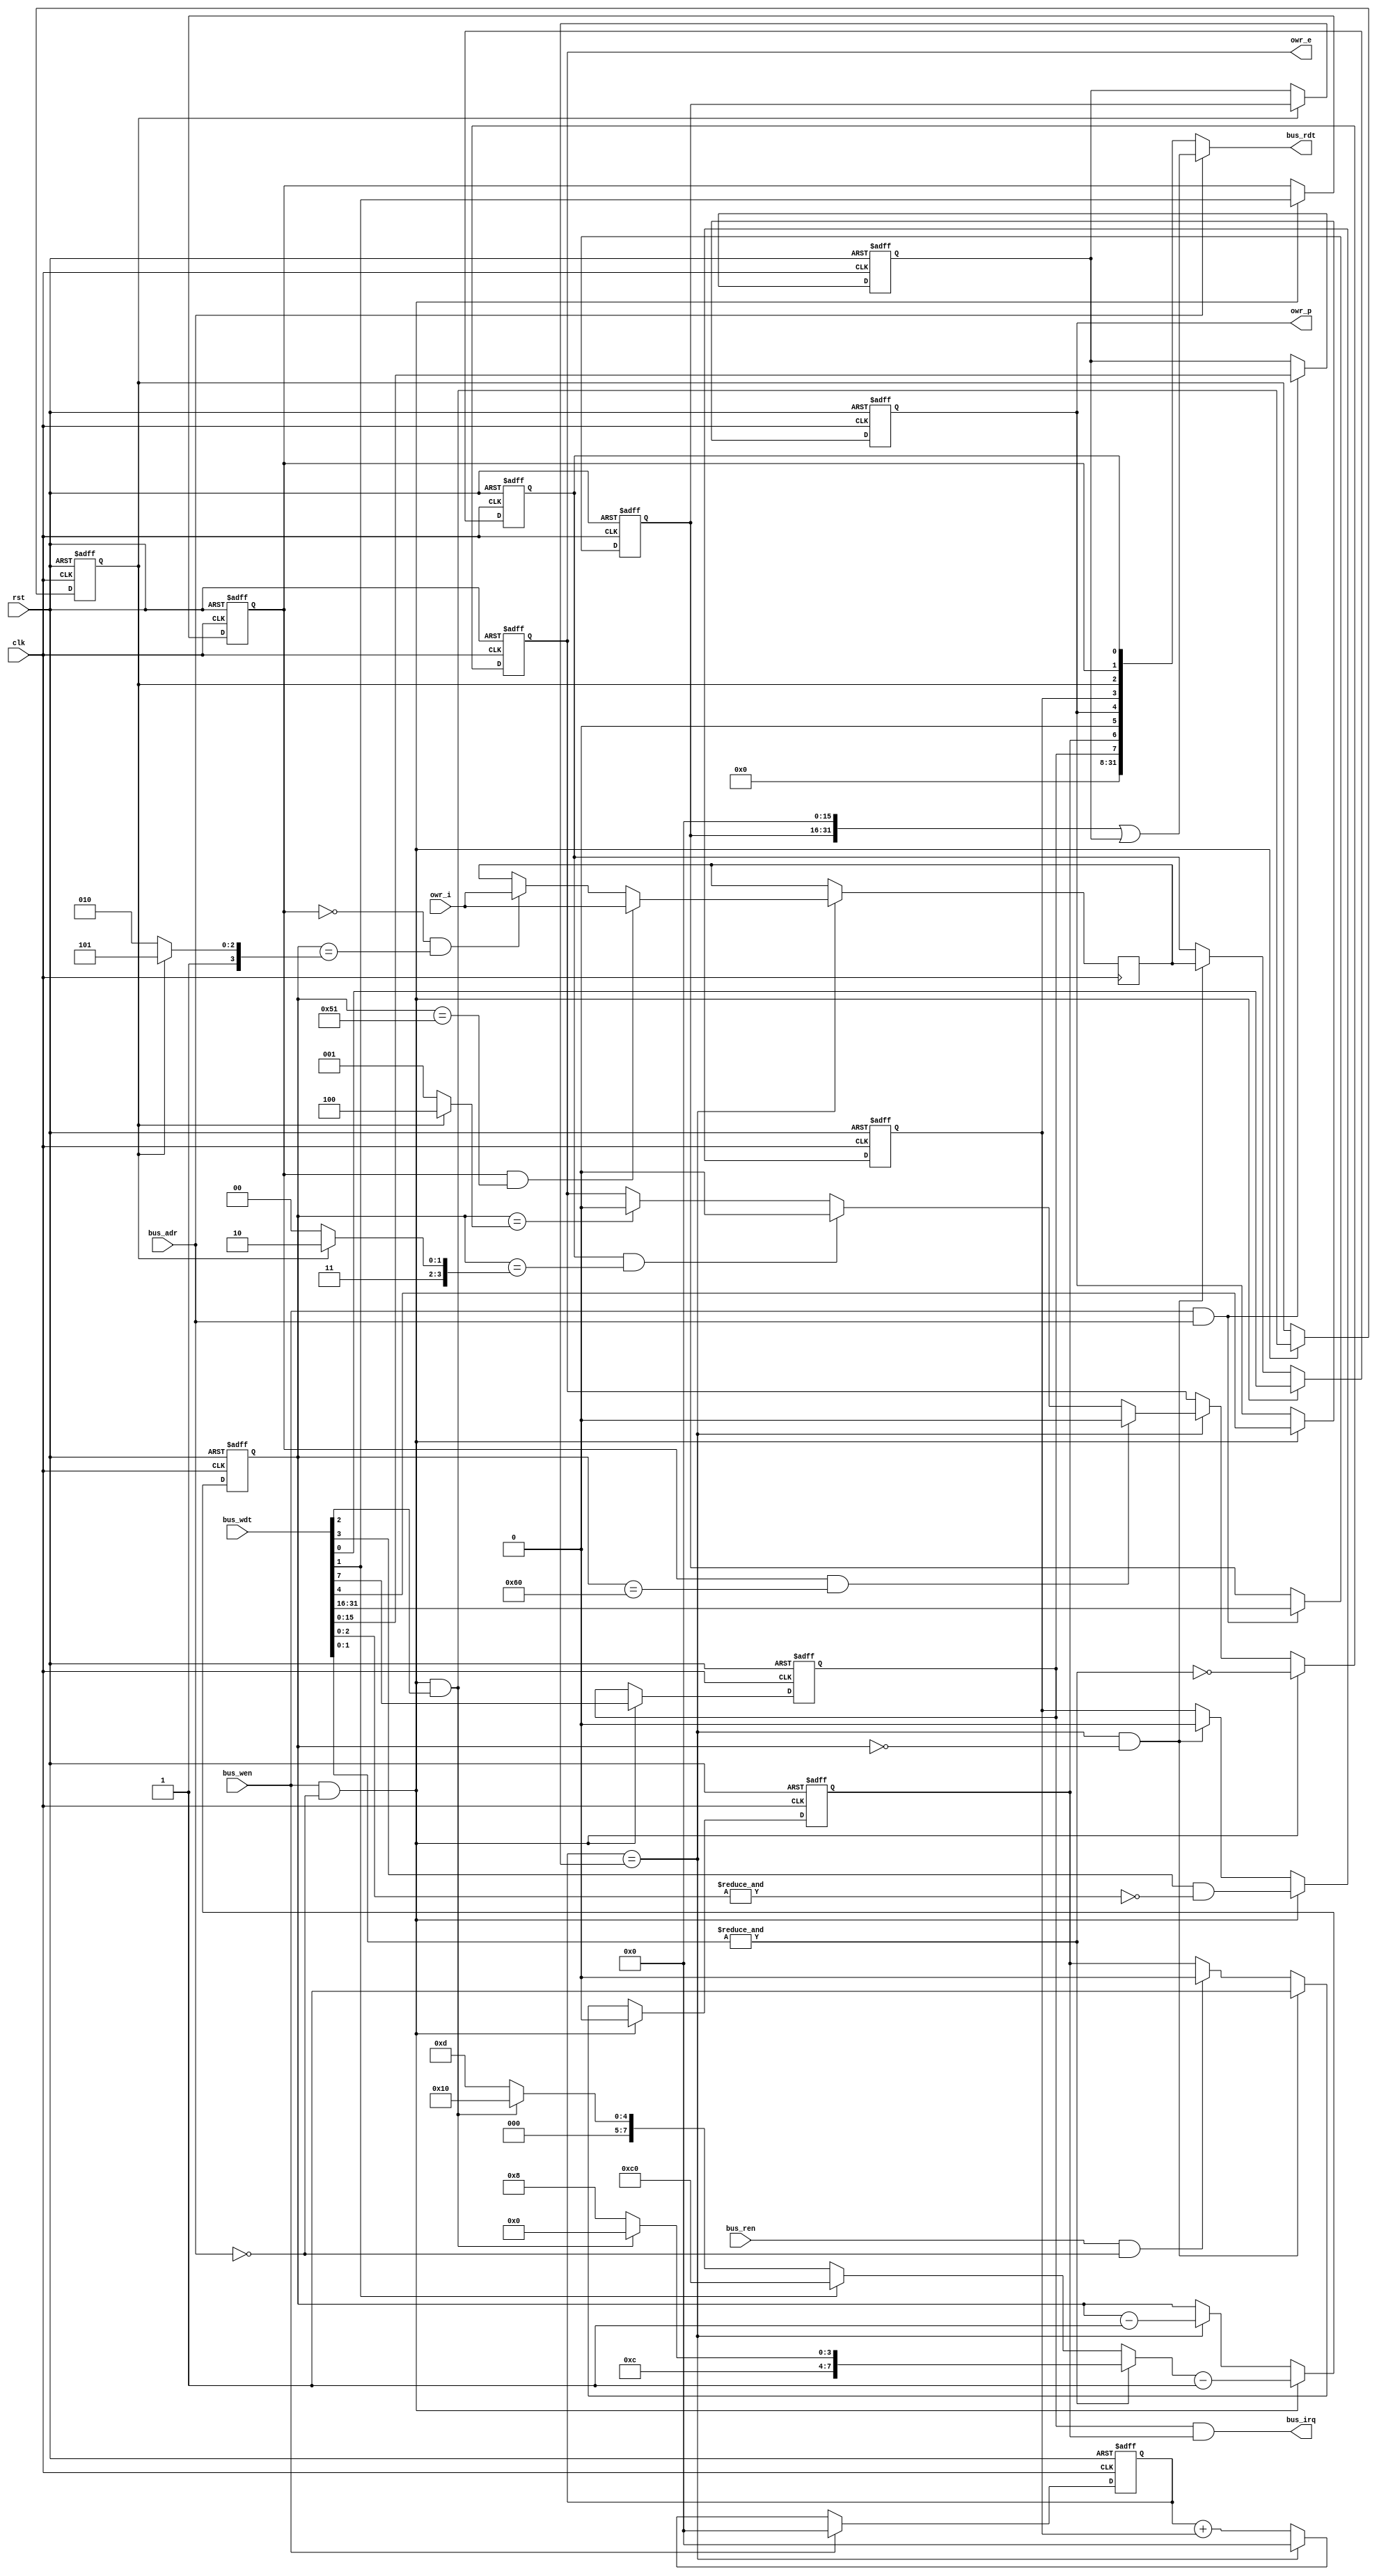
//////////////////////////////////////////////////////////////////////////////
//                                                                          //
//  Minimalistic 1-wire (onewire) master with Avalon MM bus interface       //
//                                                                          //
//  Copyright (C) 2010  Iztok Jeras                                         //
//                                                                          //
//////////////////////////////////////////////////////////////////////////////
//                                                                          //
//  This RTL is free hardware: you can redistribute it and/or modify        //
//  it under the terms of the GNU Lesser General Public License             //
//  as published by the Free Software Foundation, either                    //
//  version 3 of the License, or (at your option) any later version.        //
//                                                                          //
//  This RTL is distributed in the hope that it will be useful,             //
//  but WITHOUT ANY WARRANTY; without even the implied warranty of          //
//  MERCHANTABILITY or FITNESS FOR A PARTICULAR PURPOSE.  See the           //
//  GNU General Public License for more details.                            //
//                                                                          //
//  You should have received a copy of the GNU General Public License       //
//  along with this program.  If not, see <http://www.gnu.org/licenses/>.   //
//                                                                          //
//////////////////////////////////////////////////////////////////////////////

//////////////////////////////////////////////////////////////////////////////
//  Modifications:
//      2016-08-24: by Jan Pospisil (j.pospisil@cern.ch)
//          * added default values; typos
//////////////////////////////////////////////////////////////////////////////

//////////////////////////////////////////////////////////////////////////////
//                                                                          //
// The clock divider parameter is computed with the next formula:           //
//                                                                          //
// CDR_N = f_CLK * BTP_N - 1  (example: CDR_N = 1MHz * 5.0us - 1 = 5-1)     //
// CDR_O = f_CLK * BTP_O - 1  (example: CDR_O = 1MHz * 1.0us - 1 = 1-1)     //
//                                                                          //
// If the dividing factor is not a round integer, than the timing of the    //
// controller will be slightly off, and would support only a subset of      //
// 1-wire devices with timing closer to the typical 30us slot.              //
//                                                                          //
// Base time periods BTP_N = "5.0" and BTP_O = "1.0" are optimized for      //
// onewire timing. The default timing restricts the range of available      //
// frequences to multiples of 1MHz.                                         //
//                                                                          //
// If even this restrictions are too strict use timing BTP_N = "6.0" and    //
// BTP_O = "0.5", where the actual periods can be in the range:             //
// 6.0us <= BTP_N <= 7.5us                                                  //
// 0.5us <= BTP_O <= 0.66us                                                 //
//                                                                          //
// A third timing option is available for normal mode BTP_N = "7.5", this   //
// option is optimized for logic size.                                      //
//                                                                          //
//////////////////////////////////////////////////////////////////////////////

module sockit_owm #(
  // enable implementation of optional functionality
  parameter OVD_E =    1,  // overdrive functionality is implemented by default
  parameter CDR_E =    1,  // clock divider register is implemented by default
  // interface parameters
  parameter BDW   =   32,  // bus data width
  parameter OWN   =    1,  // number of 1-wire ports
  // computed bus address port width
`ifdef __ICARUS__
  parameter BAW   = (BDW==32) ? 1 : 2,
`else
  parameter BAW   = 1,  // TODO, the above is correct, but does not work well with Altera SOPC Builder
`endif
  // base time period
  parameter BTP_N = "5.0", // normal    mode (5.0us, options are "7.5", "5.0" and "6.0")
  parameter BTP_O = "0.5", // overdrive mode (1.0us, options are "1.0",       and "0.5")
  // normal mode timing
  parameter T_RSTH_N = (BTP_N == "7.5") ?  64 : (BTP_N == "5.0") ?  96 :  80,  // reset high
  parameter T_RSTL_N = (BTP_N == "7.5") ?  64 : (BTP_N == "5.0") ?  96 :  80,  // reset low
  parameter T_RSTP_N = (BTP_N == "7.5") ?  10 : (BTP_N == "5.0") ?  15 :  10,  // reset presence pulse
  parameter T_DAT0_N = (BTP_N == "7.5") ?   8 : (BTP_N == "5.0") ?  12 :  10,  // bit 0 low
  parameter T_DAT1_N = (BTP_N == "7.5") ?   1 : (BTP_N == "5.0") ?   1 :   1,  // bit 1 low
  parameter T_BITS_N = (BTP_N == "7.5") ?   2 : (BTP_N == "5.0") ?   3 :   2,  // bit sample
  parameter T_RCVR_N = (BTP_N == "7.5") ?   1 : (BTP_N == "5.0") ?   1 :   1,  // recovery
  parameter T_IDLE_N = (BTP_N == "7.5") ? 128 : (BTP_N == "5.0") ? 200 : 160,  // idle timer
  // overdrive mode timing
  parameter T_RSTH_O = (BTP_O == "1.0") ?  48 :  96,  // reset high
  parameter T_RSTL_O = (BTP_O == "1.0") ?  48 :  96,  // reset low
  parameter T_RSTP_O = (BTP_O == "1.0") ?  10 :  15,  // reset presence pulse
  parameter T_DAT0_O = (BTP_O == "1.0") ?   6 :  12,  // bit 0 low
  parameter T_DAT1_O = (BTP_O == "1.0") ?   1 :   2,  // bit 1 low
  parameter T_BITS_O = (BTP_O == "1.0") ?   2 :   3,  // bit sample
  parameter T_RCVR_O = (BTP_O == "1.0") ?   2 :   4,  // recovery
  parameter T_IDLE_O = (BTP_O == "1.0") ?  96 : 192,  // idle timer
  // clock divider ratios (defaults are for a 1MHz clock)
  parameter CDR_N = 5-1,  // normal    mode
  parameter CDR_O = 1-1   // overdrive mode
)(
  // system signals
  input            clk,
  input            rst,
  // CPU bus interface
  input            bus_ren,  // read  enable
  input            bus_wen,  // write enable
  input  [BAW-1:0] bus_adr,  // address
  input  [BDW-1:0] bus_wdt,  // write data
  output [BDW-1:0] bus_rdt,  // read  data
  output           bus_irq,  // interrupt request
  // 1-wire interface
  output [OWN-1:0] owr_p,    // output power enable
  output [OWN-1:0] owr_e,    // output pull down enable
  input  [OWN-1:0] owr_i     // input from bidirectional wire
);

//////////////////////////////////////////////////////////////////////////////
// local parameters
//////////////////////////////////////////////////////////////////////////////

function integer clogb2;               
input [31:0] value;
begin
   for (clogb2 = 0; value > 0; clogb2 = clogb2 + 1)
     value = value >> 1;
end
endfunction

// size of combined power and select registers
localparam PDW = (BDW==32) ? 24 : 8;

// size of boudrate generator counter (divider for normal mode is largest)
localparam CDW = CDR_E ? ((BDW==32) ? 16 : 8) : clogb2(CDR_N);

// size of port select signal
localparam SDW = clogb2(OWN);

// size of cycle timing counter
localparam TDW =       (T_RSTH_O+T_RSTL_O) >       (T_RSTH_N+T_RSTL_N)
               ? clogb2(T_RSTH_O+T_RSTL_O) : clogb2(T_RSTH_N+T_RSTL_N);

//////////////////////////////////////////////////////////////////////////////
// local signals
//////////////////////////////////////////////////////////////////////////////

// address dependent write enable
wire bus_ren_ctl_sts;
wire bus_wen_ctl_sts;
wire bus_wen_pwr_sel;
wire bus_wen_cdr_n;
wire bus_wen_cdr_o;

// read data bus segments
wire     [7:0] bus_rdt_ctl_sts;
wire [PDW-1:0] bus_rdt_pwr_sel;

// clock divider
reg  [CDW-1:0] div;
reg  [CDW-1:0] cdr_n = CDR_N[CDW-1:0];
reg  [CDW-1:0] cdr_o = CDR_O[CDW-1:0];
wire           pls;

// cycle control and status
reg            owr_cyc;  // cycle status
reg  [TDW-1:0] cnt;      // cycle counter

// port select
//generate if (OWN>1) begin : sel_declaration
reg  [SDW-1:0] owr_sel;
//end endgenerate

// modified input data for overdrive
wire           req_ovd;

// onewire signals
reg  [OWN-1:0] owr_pwr;  // power
reg            owr_ovd;  // overdrive
reg            owr_rst;  // reset
reg            owr_dat;  // data bit
reg            owr_smp;  // sample bit

reg            owr_oen;  // output enable
wire           owr_iln;  // input line

// interrupt signals
reg            irq_ena;  // interrupt enable
reg            irq_sts;  // interrupt status

// timing signals
wire [TDW-1:0] t_idl ;   // idle                 cycle    time
wire [TDW-1:0] t_rst ;   // reset                cycle    time
wire [TDW-1:0] t_bit ;   // data bit             cycle    time
wire [TDW-1:0] t_rstp;   // reset presence pulse sampling time
wire [TDW-1:0] t_rsth;   // reset                release  time
wire [TDW-1:0] t_dat0;   // data bit 0           release  time
wire [TDW-1:0] t_dat1;   // data bit 1           release  time
wire [TDW-1:0] t_bits;   // data bit             sampling time
wire [TDW-1:0] t_zero;   // end of               cycle    time

//////////////////////////////////////////////////////////////////////////////
// cycle timing
//////////////////////////////////////////////////////////////////////////////

// idle time
assign t_idl  = req_ovd ? T_IDLE_O[TDW-1:0]                         : T_IDLE_N[TDW-1:0];
// reset cycle time (reset low + reset hight)
assign t_rst  = req_ovd ? T_RSTL_O[TDW-1:0] + T_RSTH_O[TDW-1:0]     : T_RSTL_N[TDW-1:0] + T_RSTH_N[TDW-1:0];
// data bit cycle time (write 0 + recovery)
assign t_bit  = req_ovd ? T_DAT0_O[TDW-1:0] + T_RCVR_O[TDW-1:0]     : T_DAT0_N[TDW-1:0] + T_RCVR_N[TDW-1:0];

// reset presence pulse sampling time (reset high - reset presence)
assign t_rstp = owr_ovd ? T_RSTH_O[TDW-1:0] - T_RSTP_O[TDW-1:0]     : T_RSTH_N[TDW-1:0] - T_RSTP_N[TDW-1:0];
// reset      release time (reset high)
assign t_rsth = owr_ovd ? T_RSTH_O[TDW-1:0]                         : T_RSTH_N[TDW-1:0];

// data bit 0 release time (write bit 0 - write bit 0 + recovery)
assign t_dat0 = owr_ovd ? T_DAT0_O[TDW-1:0] - T_DAT0_O[TDW-1:0] + T_RCVR_O[TDW-1:0] : T_DAT0_N[TDW-1:0] - T_DAT0_N[TDW-1:0] + T_RCVR_N[TDW-1:0];
// data bit 1 release time (write bit 0 - write bit 1 + recovery)
assign t_dat1 = owr_ovd ? T_DAT0_O[TDW-1:0] - T_DAT1_O[TDW-1:0] + T_RCVR_O[TDW-1:0] : T_DAT0_N[TDW-1:0] - T_DAT1_N[TDW-1:0] + T_RCVR_N[TDW-1:0];
// data bit sampling time (write bit 0 - write bit 1 + recovery)
assign t_bits = owr_ovd ? T_DAT0_O[TDW-1:0] - T_BITS_O[TDW-1:0] + T_RCVR_O[TDW-1:0] : T_DAT0_N[TDW-1:0] - T_BITS_N[TDW-1:0] + T_RCVR_N[TDW-1:0];

// end of cycle time
assign t_zero = 'd0;

//////////////////////////////////////////////////////////////////////////////
// bus read
//////////////////////////////////////////////////////////////////////////////

// bus segnemt - controll/status register
assign bus_rdt_ctl_sts = {irq_ena, irq_sts, 1'b0, owr_pwr[0], owr_cyc, owr_ovd, owr_rst, owr_dat};

// bus segnemt - power and select register
generate
  if (BDW==32) begin
    if (OWN>1) begin
      assign bus_rdt_pwr_sel = {{16-OWN{1'b0}}, owr_pwr, 4'h0, {4-SDW{1'b0}}, owr_sel};
    end else begin
      assign bus_rdt_pwr_sel = 24'h0000_00;
    end
  end else if (BDW==8) begin
    if (OWN>1) begin
      assign bus_rdt_pwr_sel = {{ 4-OWN{1'b0}}, owr_pwr,       {4-SDW{1'b0}}, owr_sel};
    end else begin
      assign bus_rdt_pwr_sel = 8'hxx;
    end
  end
endgenerate

// bus read data
generate if (BDW==32) begin
  assign bus_rdt = (bus_adr[0]==1'b0) ? {bus_rdt_pwr_sel, bus_rdt_ctl_sts} : (cdr_o << 16 | cdr_n);
end else if (BDW==8) begin
  assign bus_rdt = (bus_adr[1]==1'b0) ? ((bus_adr[0]==1'b0) ? bus_rdt_ctl_sts
                                                            : bus_rdt_pwr_sel)
                                      : ((bus_adr[0]==1'b0) ? cdr_n
                                                            : cdr_o          );
end endgenerate

//////////////////////////////////////////////////////////////////////////////
// bus write
//////////////////////////////////////////////////////////////////////////////

// combined write/read enable and address decoder
generate if (BDW==32) begin
  assign bus_ren_ctl_sts = bus_ren & bus_adr[0] == 1'b0;
  assign bus_wen_ctl_sts = bus_wen & bus_adr[0] == 1'b0;
  assign bus_wen_pwr_sel = bus_wen & bus_adr[0] == 1'b0;
  assign bus_wen_cdr_n   = bus_wen & bus_adr[0] == 1'b1;
  assign bus_wen_cdr_o   = bus_wen & bus_adr[0] == 1'b1;
end else if (BDW==8) begin
  assign bus_ren_ctl_sts = bus_ren & bus_adr[1:0] == 2'b00;
  assign bus_wen_ctl_sts = bus_wen & bus_adr[1:0] == 2'b00;
  assign bus_wen_pwr_sel = bus_wen & bus_adr[1:0] == 2'b01;
  assign bus_wen_cdr_n   = bus_wen & bus_adr[1:0] == 2'b10;
  assign bus_wen_cdr_o   = bus_wen & bus_adr[1:0] == 2'b11;
end endgenerate

//////////////////////////////////////////////////////////////////////////////
// clock divider
//////////////////////////////////////////////////////////////////////////////

// clock divider ratio registers
generate
  if (CDR_E) begin
    if (BDW==32) begin
      always @ (posedge clk, posedge rst)
      if (rst) begin
        cdr_n <= CDR_N[CDW-1:0];
        cdr_o <= CDR_O[CDW-1:0];
      end else begin
        if (bus_wen_cdr_n)  cdr_n <= bus_wdt[15: 0];
        if (bus_wen_cdr_o)  cdr_o <= bus_wdt[31:16];
      end
    end else if (BDW==8) begin
      always @ (posedge clk, posedge rst)
      if (rst) begin
        cdr_n <= CDR_N[CDW-1:0];
        cdr_o <= CDR_O[CDW-1:0];
      end else begin
        if (bus_wen_cdr_n)  cdr_n <= bus_wdt;
        if (bus_wen_cdr_o)  cdr_o <= bus_wdt;
      end
    end
  end else begin
    initial begin
      cdr_n = CDR_N[CDW-1:0];
      cdr_o = CDR_O[CDW-1:0];
    end
  end
endgenerate

// clock divider
always @ (posedge clk, posedge rst)
if (rst)        div <= {CDW{1'd0}};
else begin
  if (bus_wen)  div <= {CDW{1'd0}};
  else          div <= pls ? {CDW{1'd0}} : div + owr_cyc;
end

// divided clock pulse
assign pls = (div == (owr_ovd ? cdr_o : cdr_n));

//////////////////////////////////////////////////////////////////////////////
// power and select register
//////////////////////////////////////////////////////////////////////////////

// select and power register implementation
generate if (OWN>1) begin : sel_implementation
  // port select
  always @ (posedge clk, posedge rst)
  if (rst)                   owr_sel <= {SDW{1'b0}};
  else if (bus_wen_pwr_sel)  owr_sel <= bus_wdt[(BDW==32 ?  8 : 0)+:SDW];
  
  // power delivery
  always @ (posedge clk, posedge rst)
  if (rst)                   owr_pwr <= {OWN{1'b0}};
  else if (bus_wen_pwr_sel)  owr_pwr <= bus_wdt[(BDW==32 ? 16 : 4)+:OWN];
end else begin
  // port select
  initial                    owr_sel <= 'd0; 
  // power delivery
  always @ (posedge clk, posedge rst)
  if (rst)                   owr_pwr <= 1'b0;
  else if (bus_wen_ctl_sts)  owr_pwr <= bus_wdt[4];
end endgenerate

//////////////////////////////////////////////////////////////////////////////
// interrupt logic
//////////////////////////////////////////////////////////////////////////////

// bus interrupt
assign bus_irq = irq_ena & irq_sts;

// interrupt enable
always @ (posedge clk, posedge rst)
if (rst)                   irq_ena <= 1'b0;     
else if (bus_wen_ctl_sts)  irq_ena <= bus_wdt[7]; 

// transmit status (active after onewire cycle ends)
always @ (posedge clk, posedge rst)
if (rst)                           irq_sts <= 1'b0;
else begin
  if (bus_wen_ctl_sts)             irq_sts <= 1'b0;
  else if (pls & (cnt == t_zero))  irq_sts <= 1'b1;
  else if (bus_ren_ctl_sts)        irq_sts <= 1'b0;
end

//////////////////////////////////////////////////////////////////////////////
// onewire state machine
//////////////////////////////////////////////////////////////////////////////

assign req_ovd = OVD_E ? bus_wen_ctl_sts & bus_wdt[2] : 1'b0; 

// overdrive
always @ (posedge clk, posedge rst)
if (rst)                   owr_ovd <= 1'b0;
else if (bus_wen_ctl_sts)  owr_ovd <= req_ovd;

// reset
always @ (posedge clk, posedge rst)
if (rst)                   owr_rst <= 1'b0;
else if (bus_wen_ctl_sts)  owr_rst <= bus_wdt[1];

// transmit data, reset, overdrive
always @ (posedge clk, posedge rst)
if (rst)                           owr_dat <= 1'b0;
else begin
  if (bus_wen_ctl_sts)             owr_dat <= bus_wdt[0];
  else if (pls & (cnt == t_zero))  owr_dat <= owr_smp;
end

// onewire cycle status
always @ (posedge clk, posedge rst)
if (rst)                           owr_cyc <= 1'b0;
else begin
  if (bus_wen_ctl_sts)             owr_cyc <= bus_wdt[3] & ~&bus_wdt[2:0];
  else if (pls & (cnt == t_zero))  owr_cyc <= 1'b0;
end

// state counter (initial value depends whether the cycle is reset or data)
always @ (posedge clk, posedge rst)
if (rst)                 cnt <= 0;
else begin
  if (bus_wen_ctl_sts)   cnt <= (&bus_wdt[1:0] ? t_idl : bus_wdt[1] ? t_rst : t_bit) - 1'd1;
  else if (pls)          cnt <= cnt - 1'd1;
end

// receive data (sampling point depends whether the cycle is reset or data)
always @ (posedge clk)
if (pls) begin
  if      ( owr_rst & (cnt == t_rstp))  owr_smp <= owr_iln;  // presence detect
  else if (~owr_rst & (cnt == t_bits))  owr_smp <= owr_iln;  // read data bit
end

// output register (switch point depends whether the cycle is reset or data)
always @ (posedge clk, posedge rst)
if (rst)                                owr_oen <= 1'b0;
else begin
  if (bus_wen_ctl_sts)                  owr_oen <= ~&bus_wdt[1:0];
  else if (pls) begin
    if      (owr_rst & (cnt == t_rsth)) owr_oen <= 1'b0;  // reset
    else if (owr_dat & (cnt == t_dat1)) owr_oen <= 1'b0;  // write 1, read
    else if (          (cnt == t_dat0)) owr_oen <= 1'b0;  // write 0
  end
end

//////////////////////////////////////////////////////////////////////////////
// IO
//////////////////////////////////////////////////////////////////////////////

// only one 1-wire line can be accessed at the same time
assign owr_e   = owr_oen << owr_sel;
// all 1-wire lines can be powered independently
assign owr_p   = owr_pwr;

// 1-wire line status read multiplexer
assign owr_iln = owr_i [owr_sel];

endmodule